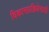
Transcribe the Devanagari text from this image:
विकासप्रक्रियेसाठी